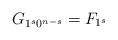
LaTeX: \begin{align*}G_{1^s0^{n-s}} = F_{1^s}\end{align*}